Civil Veterinary Department. Madras. Admin. report 1926-33 - 1926-1933
Year: 1926
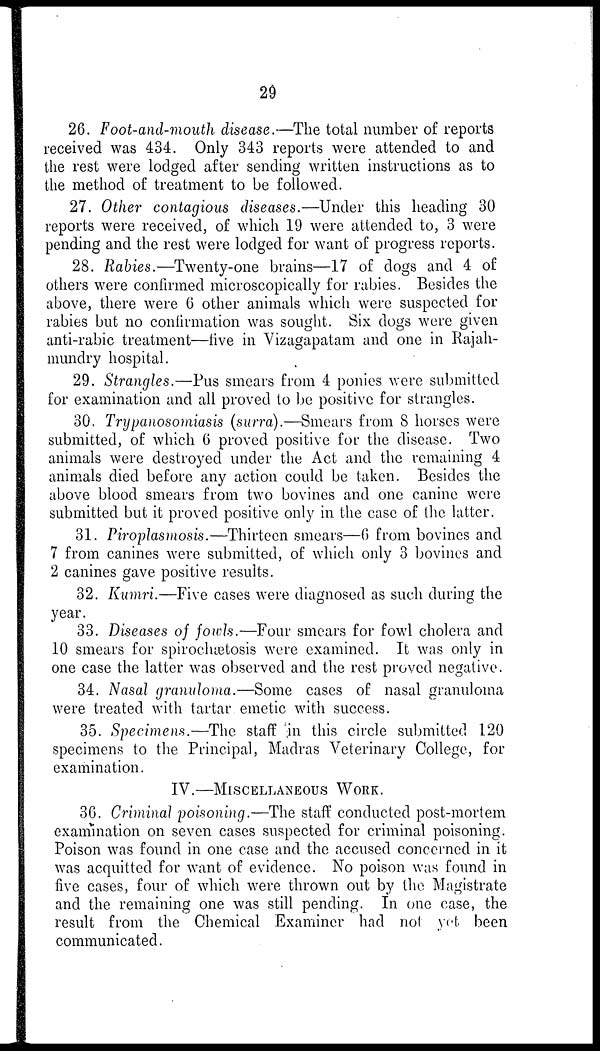
29
26. Foot-and-mouth disease.—The total number of reports
received was 434. Only 343 reports were attended to and
the rest were lodged after sending written instructions as to
the method of treatment to be followed.
27. Other contagious diseases.—Under this heading 30
reports were received, of which 19 were attended to, 3 were
pending and the rest were lodged for want of progress reports.
28. Rabies.—Twenty-one brains—17 of dogs and 4 of
others were confirmed microscopically for rabies. Besides the
above, there were 6 other animals which were suspected for
rabies but no confirmation was sought. Six dogs were given
anti-rabic treatment—five in Vizagapatam and one in Rajah-
mundry hospital.
29. Strangles.—Pus smears from 4 ponies were submitted
for examination and all proved to be positive for strangles.
30. Trypanosomiasis (surra).—Smears from 8 horses were
submitted, of which 6 proved positive for the disease. Two
animals were destroyed under the Act and the remaining 4
animals died before any action could be taken. Besides the
above blood smears from two bovines and one canine were
submitted but it proved positive only in the case of the latter.
31. Piroplasmosis.—Thirteen smears—6 from bovines and
7 from canines were submitted, of which only 3 bovines and
2 canines gave positive results.
32. Kumri.—Five cases were diagnosed as such during the
year.
33. Diseases of fowls.—Four smears for fowl cholera and
10 smears for spirochætosis were examined. It was only in
one case the latter was observed and the rest proved negative.
34. Nasal granuloma.—Some cases of nasal granuloma
were treated with tartar emetic with success.
35. Specimens.—The staff in this circle submitted 120
specimens to the Principal, Madras Veterinary College, for
examination.
IV.—MISCELLANEOUS WORK.
36. Criminal poisoning.—The staff conducted post-mortem
examination on seven cases suspected for criminal poisoning.
Poison was found in one case and the accused concerned in it
was acquitted for want of evidence. No poison was found in
five cases, four of which were thrown out by the Magistrate
and the remaining one was still pending. In one case, the
result from the Chemical Examiner had not yet been
communicated.